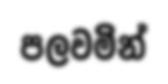
පලවමින්